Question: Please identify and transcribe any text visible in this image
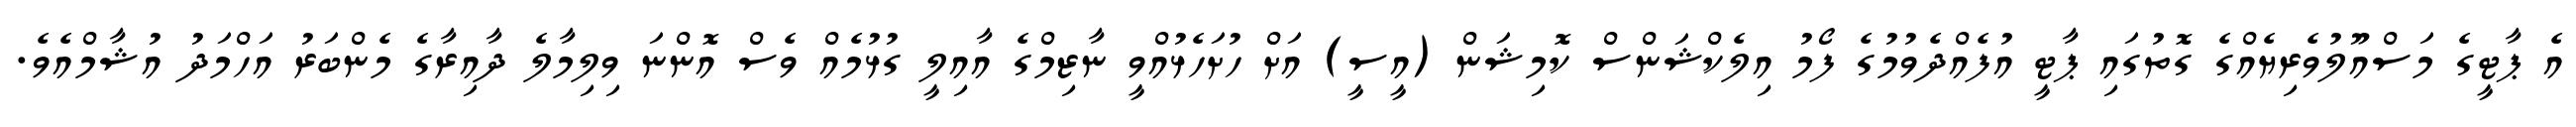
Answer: އެ ޕާޓީގެ މަސްއޫލުވެރިޔެއްގެ ގޮތުގައި ޕާޓީ އުފެއްދެވުމުގެ ފޯމު އިލެކްޝަންސް ކޮމިޝަން (އީސީ) އަށް ހުށަހެޅުއްވީ ނާޒިމްގެ އާއިލީ ގުޅުމެއް ވެސް އޮންނަ ވިލިމާލެ ދާއިރާގެ މެންބަރު އަހްމަދު އުޝާމްއެވެ.